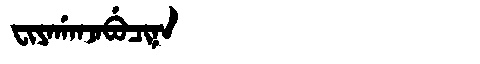
Manchu: ᠸᡳᠶᠠᡤᠠᠨᠵᠠᠪᡠᠴᡳᠨᠠ
Romanization: FIYAGANJABUCINA